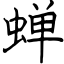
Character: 蝉